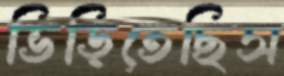
ভিড়িতেছিস